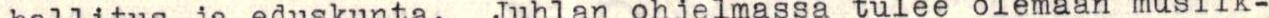
hallitus ja eduskunta. Juhlan ohjelmassa tulee olemaan musiik-